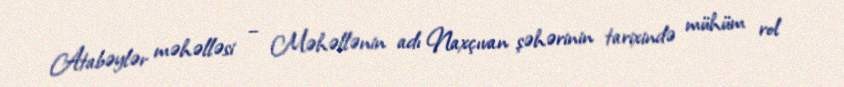
Atabəylər məhəlləsi – Məhəllənin adı Naxçıvan şəhərinin tarixində mühüm rol